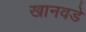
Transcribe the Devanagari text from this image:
खानवडे